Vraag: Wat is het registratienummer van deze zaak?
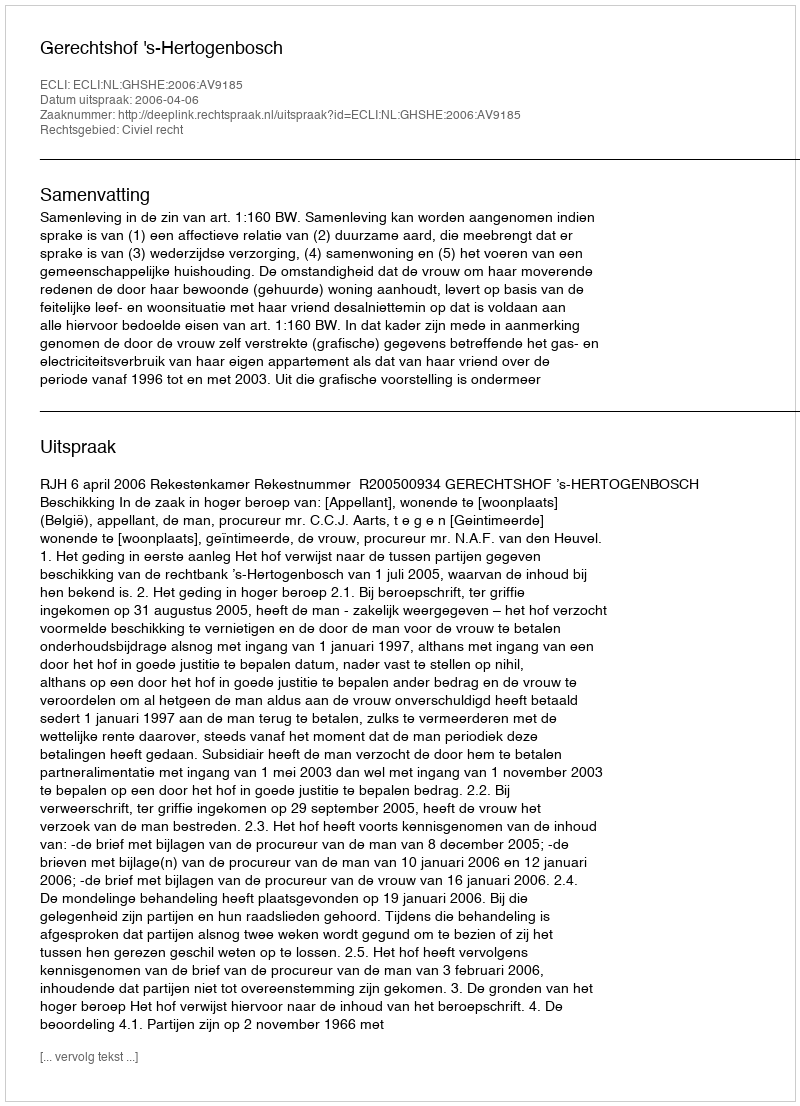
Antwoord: http://deeplink.rechtspraak.nl/uitspraak?id=ECLI:NL:GHSHE:2006:AV9185